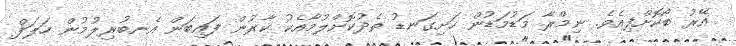
އޭރު ބޯކޮށްފިއެވެ. ނިމްރާ މަޑުމަޑުން ހަށިގަނޑު ތެދުކޮށްލުމާއެކު ކާރުން ފައިބަން އެނބުރިލުމުން ހަލަފް